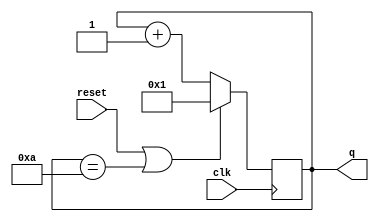
module top_module (
    input clk,
    input reset,
    output [3:0] q);
    
    always @(posedge clk)
        if (reset || q == 4'd10)
            q <= 1;
    	else
            q <= q + 1;

endmodule